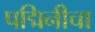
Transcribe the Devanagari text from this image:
पद्मिनीचा